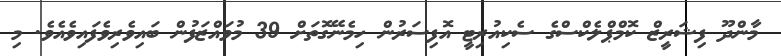
މާންދޫ ފިޝަރީޒް ކޮމްޕްލެކްސްގެ ސެކިއުރިޓީ އޮފިސަރުން ހިމެނޭގޮތަށް 39 މުވައްޒަފުން ބައިވެރިވެފައިވެއެވެ. މި